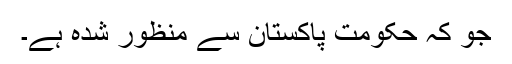
جو کہ حکومت پاکستان سے منظور شدہ ہے۔